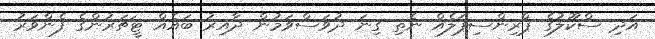
އަދި ސްކޫލުގެ ޕްރިންސިޕަލެއް ނެތި ގިނަ ދުވަސްވަމުން ދާއިރު ބައެއް ޓީޗަރުންގެ ފެންވަރު